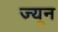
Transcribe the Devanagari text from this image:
ज़्यून